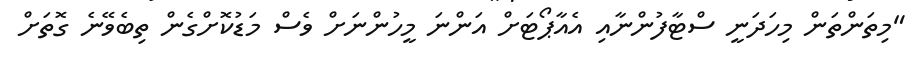
"މިތަންތަން މިހަދަނީ ސްޓާފުންނާއި އެއާޕޯޓަށް އަންނަ މީހުންނަށް ވެސް މަޑުކޮށްގެން ތިބެވޭނެ ގޮތަށް